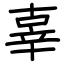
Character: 辜